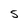
Character: 5